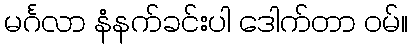
မင်္ဂလာ နံနက်ခင်းပါ ဒေါက်တာ ဝမ်။